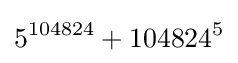
5^{104824}+104824^{5}